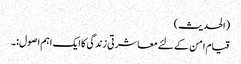
(الحدیث)
قیام امن کے لئے معاشرتی زندگی کا ایک اہم اصول:۔